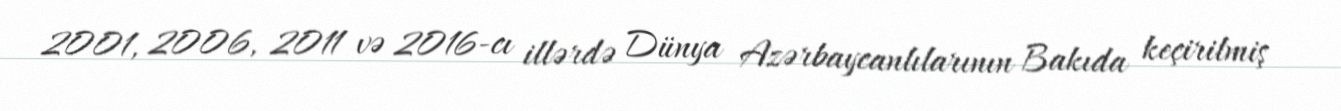
2001, 2006, 2011 və 2016-cı illərdə Dünya Azərbaycanlılarının Bakıda keçirilmiş